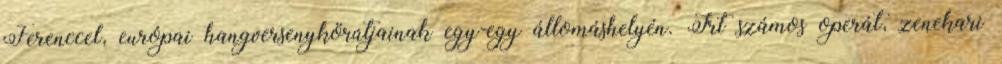
Ferenccel, európai hangversenykörútjainak egy-egy állomáshelyén. Írt számos operát, zenekari